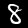
Digit: 8